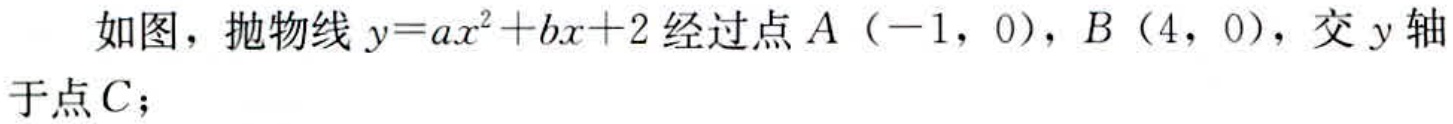
如图，抛物线\(y = ax^{2}+bx + 2\)经过点\(A(-1,0)\)，\(B(4,0)\)，交\(y\)轴于点\(C\)；